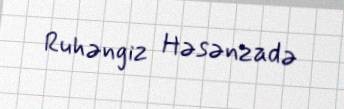
Ruhəngiz Həsənzadə